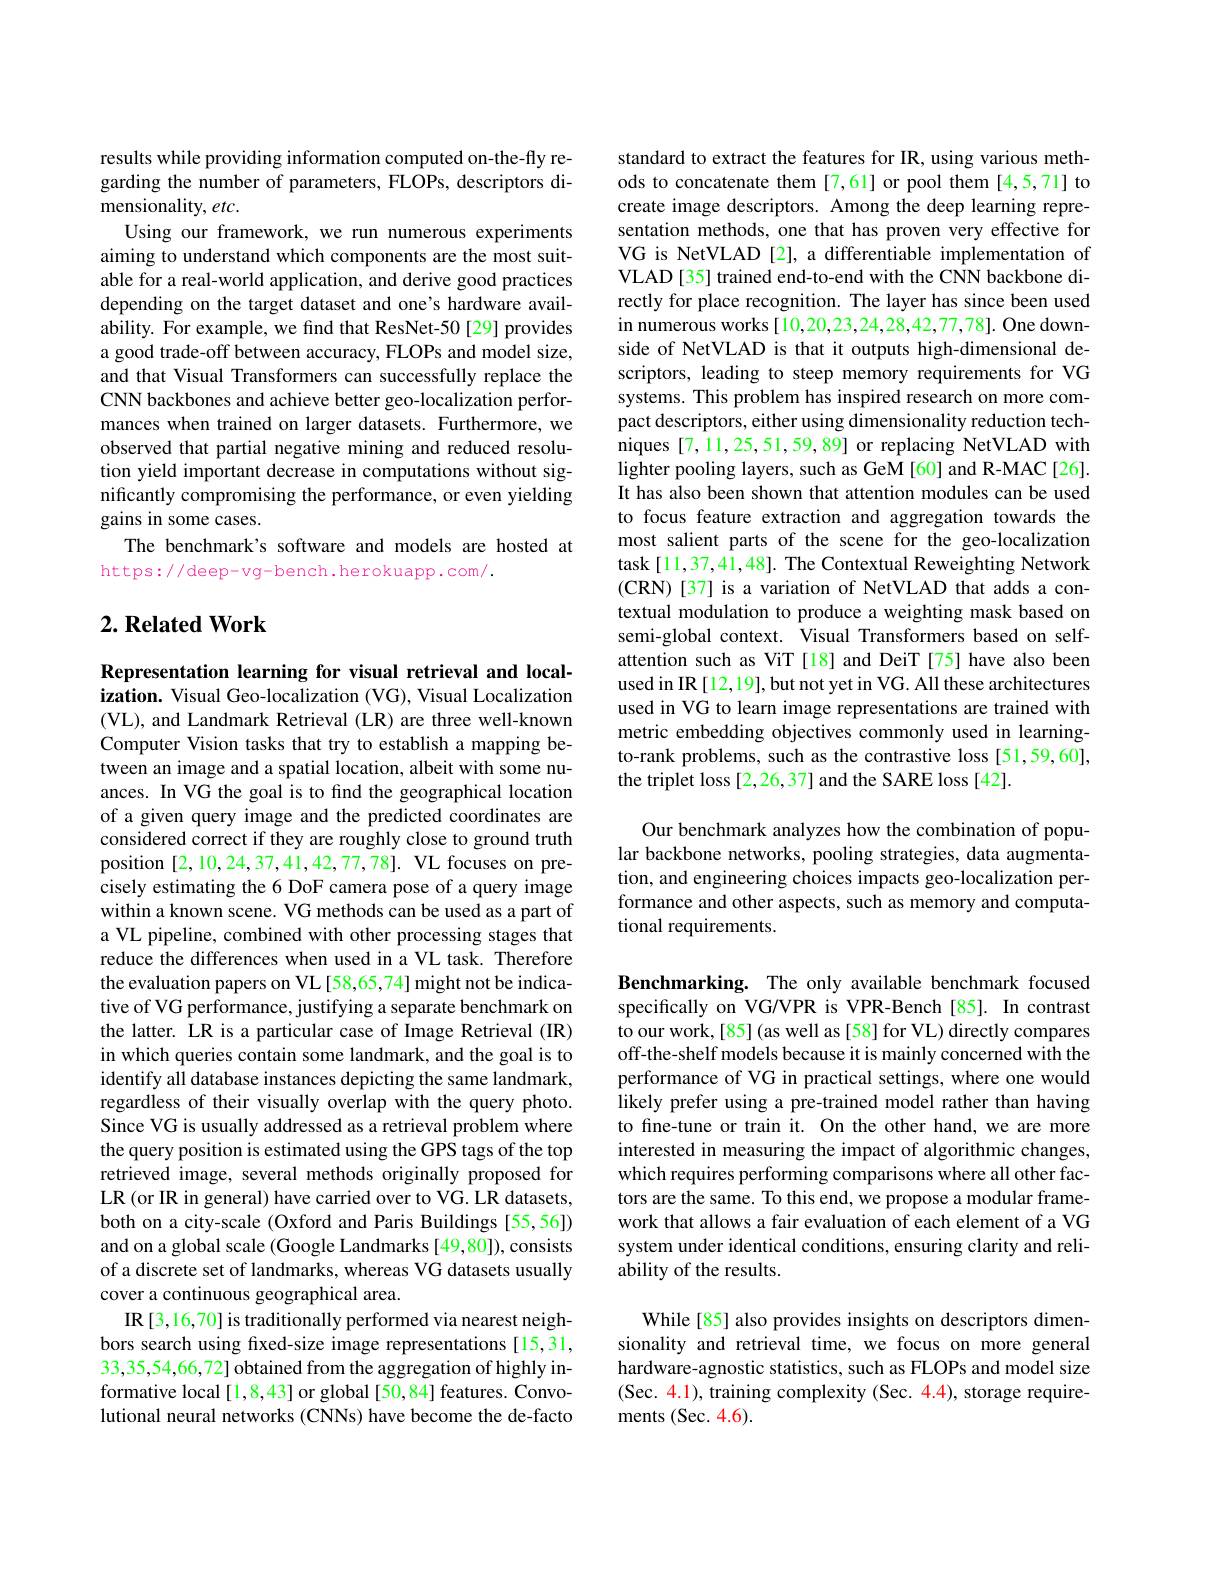
results while providing information computed on-the-fly regarding the number of parameters, FLOPs, descriptors dimensionality, etc.
Using our framework, we run numerous experiments aiming to understand which components are the most suitable for a real-world application, and derive good practices depending on the target dataset and one's hardware availability. For example, we find that ResNet-50[29] provides a good trade-off between accuracy, FLOPs and model size, and that Visual Transformers can successfully replace the CNN backbones and achieve better geo-localization performances when trained on larger datasets. Furthermore, we observed that partial negative mining and reduced resolution yield important decrease in computations without significantly compromising the performance, or even yielding gains in some cases.
The benchmark's software and models are hosted at
https://deep-vg-bench.herokuapp.com/.

## $2. \textbf{Related Work}$

Representation learning for visual retrieval and localization. Visual Geo-localization (VG), Visual Localization (VL), and Landmark Retrieval (LR) are three well-known Computer Vision tasks that try to establish a mapping between an image and a spatial location, albeit with some nuances. In VG the goal is to find the geographical location of a given query image and the predicted coordinates are considered correct if they are roughly close to ground truth position[2,10,24,37,41,42,77,78].VL focuses on precisely estimating the 6 DoF camera pose of a query image within a known scene. VG methods can be used as a part of a VL pipeline, combined with other processing stages that reduce the differences when used in a VL task. Therefore the evaluation papers on VL[58,65,74] might not be indicative of VG performance, justifying a separate benchmark on the latter. LR is a particular case of Image Retrieval (IR) in which queries contain some landmark, and the goal is to identify all database instances depicting the same landmark, regardless of their visually overlap with the query photo. Since VG is usually addressed as a retrieval problem where the query position is estimated using the GPS tags of the top retrieved image, several methods originally proposed for LR (or IR in general) have carried over to VG. LR datasets, both on a city-scale (Oxford and Paris Buildings [55,56]) and on a global scale (Google Landmarks [49,80]), consists of a discrete set of landmarks, whereas VG datasets usually cover a continuous geographical area.
IR[3,16,70] is traditionally performed via nearest neighbors search using fixed-size image representations [15,31, 33,35,54,66,72] obtained from the aggregation of highly informative local [1,8,43] or global [50,84] features. Convolutional neural networks (CNNs) have become the de-facto

standard to extract the features for IR, using various methods to concatenate them [7,61] or pool them [4,5,71] to create image descriptors. Among the deep learning representation methods, one that has proven very effective for VG is NetVLAD [2], a differentiable implementation of VLAD[35] trained end-to-end with the CNN backbone directly for place recognition. The layer has since been used in numerous works [10,20,23,24,28,42,77,78]. One downside of NetVLAD is that it outputs high-dimensional descriptors, leading to steep memory requirements for VG systems. This problem has inspired research on more compact descriptors, either using dimensionality reduction techniques [7,11,25,51,59,89] or replacing NetVLAD with lighter pooling layers, such as GeM [60] and R-MAC[26]. It has also been shown that attention modules can be used to focus feature extraction and aggregation towards the most salient parts of the scene for the geo-localization task [11,37,41,48]. The Contextual Reweighting Network (CRN) [ 37] is a variation of NetVLAD that adds a con- textual modulation to produce a weighting mask based on semi-global context. Visual Transformers based on selfattention such as ViT [18] and DeiT [75] have also been used in IR [12,19], but not yet in VG. All these architectures used in VG to learn image representations are trained with metric embedding objectives commonly used in learningto-rank problems, such as the contrastive loss [51,59,60], the triplet loss [2,26,37] and the SARE loss [42].

Our benchmark analyzes how the combination of popular backbone networks, pooling strategies, data augmentation, and engineering choices impacts geo-localization performance and other aspects, such as memory and computational requirements.

Benchmarking. The only available benchmark focused specifically on VG/VPR is VPR-Bench [85]. In contrast to our work,[85](as well as[58] for VL) directly compares off-the-shelf models because it is mainly concerned with the performance of VG in practical settings, where one would likely prefer using a pre-trained model rather than having to fine-tune or train it. On the other hand, we are more interested in measuring the impact of algorithmic changes, which requires performing comparisons where all other factors are the same. To this end, we propose a modular framework that allows a fair evaluation of each element of a VG system under identical conditions, ensuring clarity and reliability of the results.

While[85] also provides insights on descriptors dimensionality and retrieval time, we focus on more general hardware-agnostic statistics, such as FLOPs and model size (Sec. 4.1), training complexity (Sec. 4.4), storage requirements (Sec. 4.6).